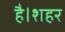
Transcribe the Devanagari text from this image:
है।शहर